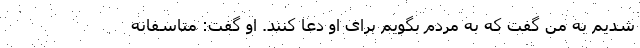
شدیم به من گفت که به مردم بگویم برای او دعا کنند. او گفت: متاسفانه